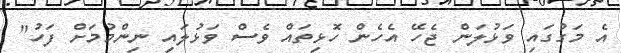
އެ މަގުގައި ވަޅުލަން ޖެހޭ އެހެން ހޮޅިތައް ވެސް ވަޅުލައި ނިންމުމަށް ފަހު"